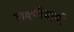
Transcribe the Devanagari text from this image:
लक्ष्मीबायी